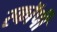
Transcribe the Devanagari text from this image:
स्काॅर्पी